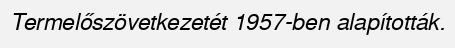
Termelőszövetkezetét 1957-ben alapították.